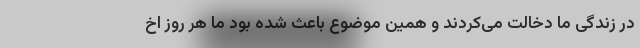
در زندگی ما دخالت می‌کردند و همین موضوع باعث شده بود ما هر روز اخ